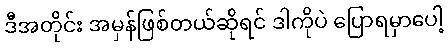
ဒီအတိုင်း အမှန်ဖြစ်တယ်ဆိုရင် ဒါကိုပဲ ပြောရမှာပေါ့